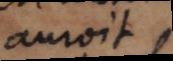
auroit